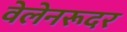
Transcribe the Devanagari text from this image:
वेलेनरूदर